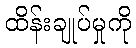
ထိန်းချုပ်မှုကို